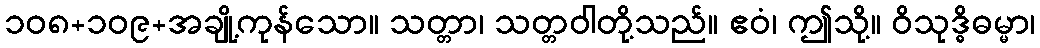
၁၀၈+၁၀၉+အချို့ကုန်သော။ သတ္တာ၊ သတ္တဝါတို့သည်။ ဧဝံ၊ ဤသို့။ ဝိသုဒ္ဓိဓမ္မာ၊